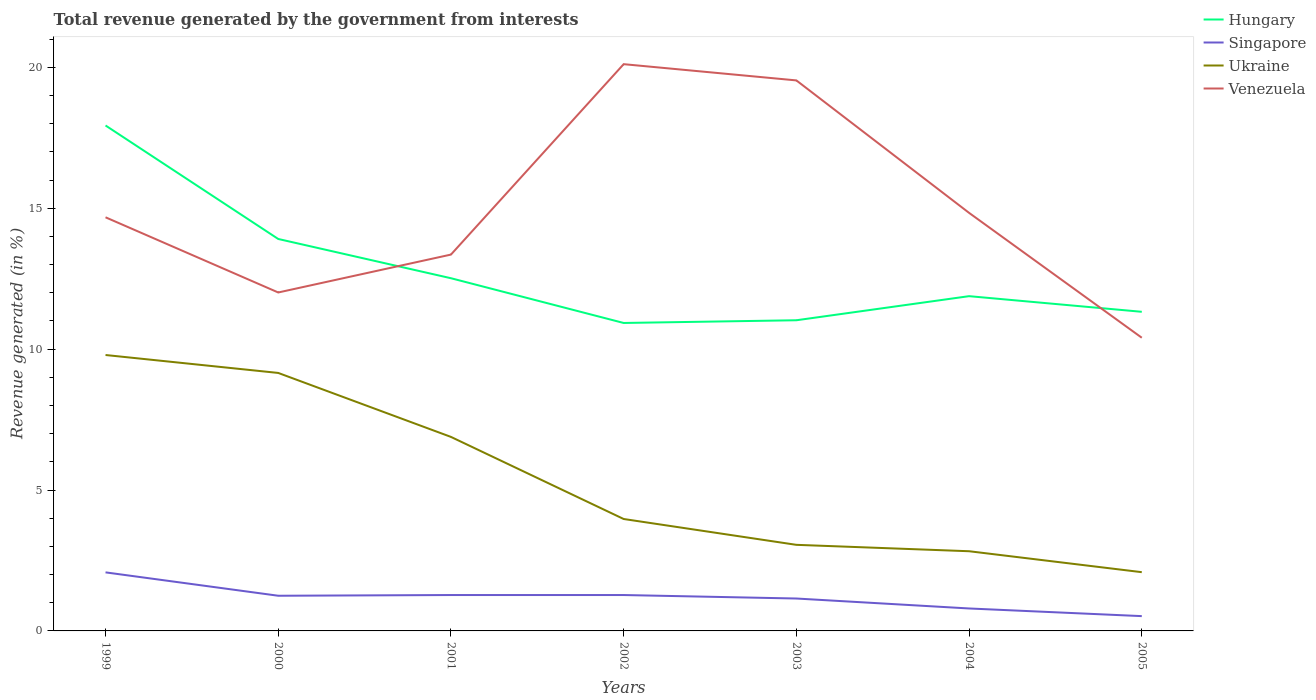
| Years | Hungary | Singapore | Ukraine | Venezuela |
 | --- | --- | --- | --- | --- |
 | 1999 | 17.9 | 2.08 | 9.79 | 14.7 |
 | 2000 | 13.9 | 1.25 | 9.15 | 12 |
 | 2001 | 12.5 | 1.27 | 6.88 | 13.4 |
 | 2002 | 10.9 | 1.27 | 3.97 | 20.1 |
 | 2003 | 11 | 1.15 | 3.05 | 19.5 |
 | 2004 | 11.9 | 0.797 | 2.83 | 14.8 |
 | 2005 | 11.3 | 0.525 | 2.08 | 10.4 |